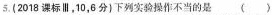
5.(2018课标，10，6分)下列实验操作不当的是()